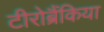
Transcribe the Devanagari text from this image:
टीरोब्रैंकिया